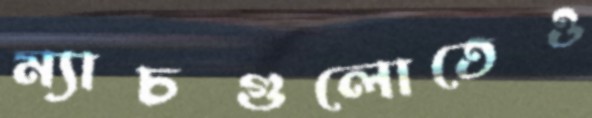
ম্যাচগুলোতেও